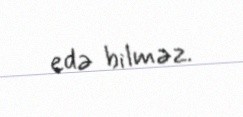
edə bilməz.